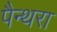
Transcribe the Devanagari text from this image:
पैन्थरा